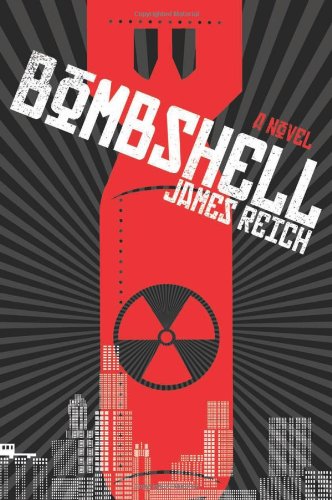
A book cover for Bombshell: A Novel; James Reich; Travel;